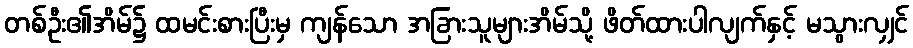
တစ်ဦး၏အိမ်၌ ထမင်းစားပြီးမှ ကျန်သော အခြားသူများအိမ်သို့ ဖိတ်ထားပါလျက်နှင့် မသွားလျှင်